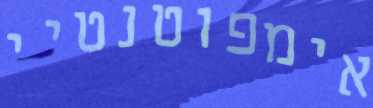
אימפוטנטיי